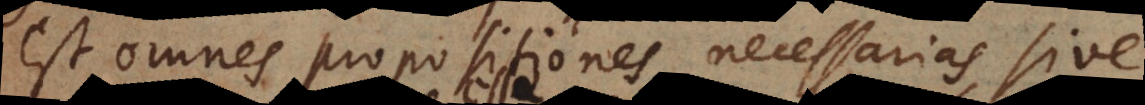
est omnes propositiones necessarias, sive